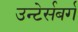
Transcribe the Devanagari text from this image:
उन्टेर्सबर्ग